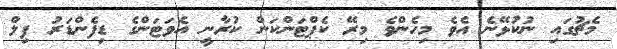
މެޗުގައި ނުކުޅޭނެ އެވެ މިހެންވެ މިރޭ ކެޕްޓަންކަން ކުރާނީ އެވަޓަންގެ ޑިފެންޑަރު ފިލް